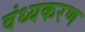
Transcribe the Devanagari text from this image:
वंध्यकरण